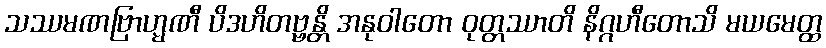
သဿမဏဗြာဟ္မဏီ ပိဒဟိတဗ္ဗန္တိ အနုဝါတော ဝုတ္တဿာတိ နိဂ္ဂဟီတောသိ မယမေတ္ထ